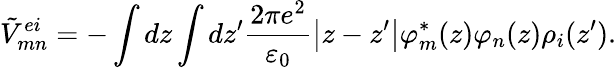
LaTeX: {\tilde{V}}_{mn}^{ei}=-\int{dz\int{dz{'}\frac{2\pi e^{2}}{{\varepsilon}_{0}}\left|z-z{'}\right|{\varphi}_{m}^{*}(z)}{\varphi}_{n}(z){\rho}_{i}(z{'})}.